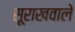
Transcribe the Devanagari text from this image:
सूराखवाले